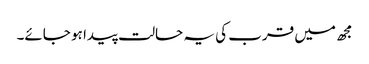
مجھ میں قرب کی یہ حالت پیدا ہو جائے۔